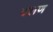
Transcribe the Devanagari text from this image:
वलण